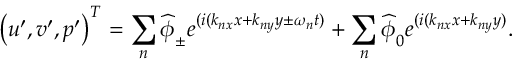
\left( u ^ { \prime } , v ^ { \prime } , p ^ { \prime } \right) ^ { T } = \sum _ { n } \widehat { \boldsymbol { \phi } } _ { \pm } e ^ { ( i ( k _ { n x } x + k _ { n y } y \pm \omega _ { n } t ) } + \sum _ { n } \widehat { \boldsymbol { \phi } } _ { 0 } e ^ { ( i ( k _ { n x } x + k _ { n y } y ) } .